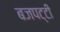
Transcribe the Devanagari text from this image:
बजपट्टी